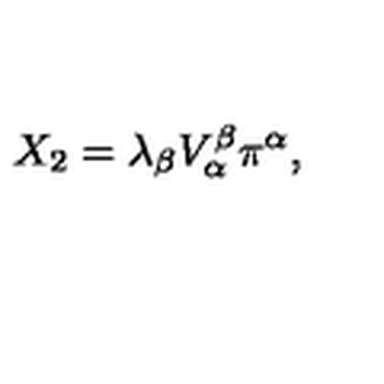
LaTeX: X _ { 2 } = \lambda _ { \beta } V _ { \alpha } ^ { \beta } \pi ^ { \alpha } ,